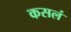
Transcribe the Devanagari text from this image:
कसलं